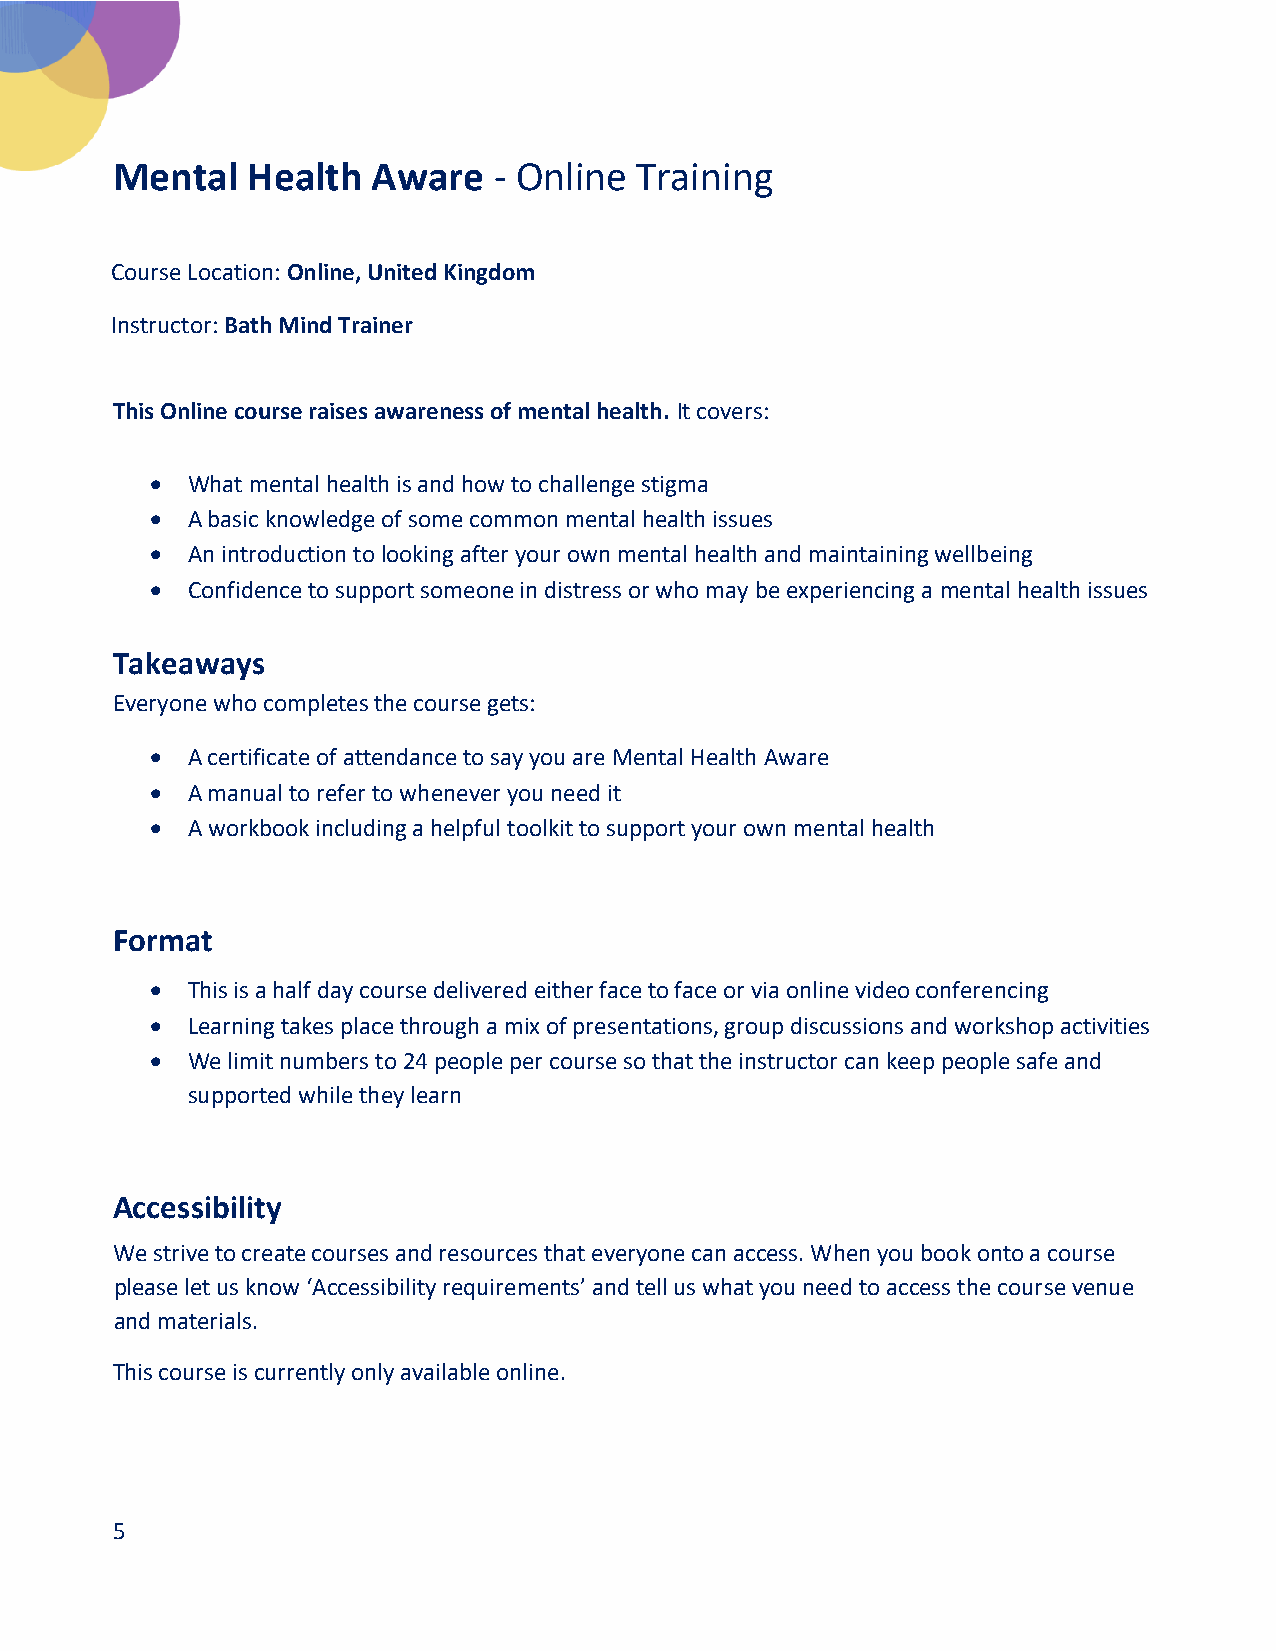
Mental   Health   Aware   - Online Training
 Course Location: Online, United Kingdom
 Instructor: Bath Mind Trainer
 This Online course raises awareness of mental health. It covers:
  What mental health is and how to challenge stigma
  A basic knowledge of some common mental health issues
  An introduction to looking after your own mental health and maintaining wellbeing
  Confidence to support someone in distress or who may be experiencing a mental health issues
 Takeaways
 Everyone who completes the course gets:
  A certificate of attendance to say you are Mental Health Aware
  A manual to refer to whenever you need it
  A workbook including a helpful toolkit to support your own mental health
 Format
  This is a half day course delivered either face to face or via online video conferencing
  Learning takes place through a mix of presentations, group discussions and workshop activities
  We limit numbers to 24 people per course so that the instructor can keep people safe and
 supported while they learn
 Accessibility
 We strive to create courses and resources that everyone can access. When you book onto a course
 please let us know ‘Accessibility requirements’ and tell us what you need to access the course venue
 and materials.
 This course is currently only available online.
 5